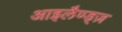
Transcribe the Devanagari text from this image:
आइलैण्ड्ज़